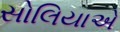
સોલિયાએ